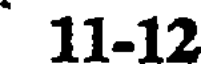
11-12